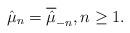
LaTeX: \begin{align*} \hat{\mu}_{n} = \overline{\hat{\mu}}_{-n}, n \geq 1.\end{align*}